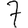
Digit: 7